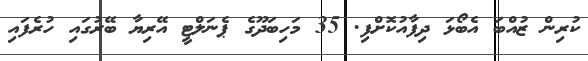
ކުރިން ޒުއްބަ އެބޯޅަ ދިފާއުކޮށްފި. 35 މަހިބަދޫގެ ޕެނަލްޓީ އޭރިޔާ ބޭރުގައި ހުރެފައި